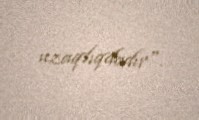
uzaqlıqdadır".